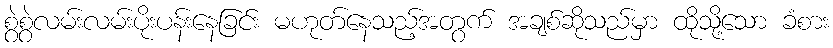
စွဲစွဲလမ်းလမ်းပိုးပန်းနေခြင်း မဟုတ်နေသည့်အတွက် အချစ်ဆိုသည်မှာ ထိုသို့သော ခံစား